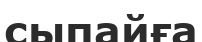
сыпайға